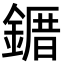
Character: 䥄